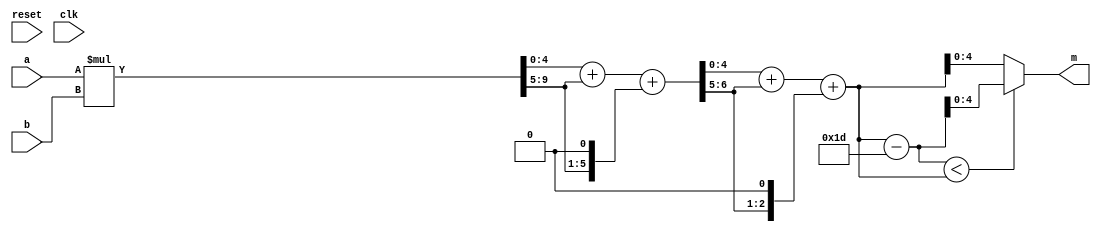
module modmul(input        reset,
              input	   clk,
              input [4:0]  a,
              input [4:0]  b,
              output [4:0] m);
   
   // compute (a*b) mod 29

   wire [9:0]		   result;
   wire [6:0]		   sum0;
   wire [5:0]		   sum1;

   assign result = a * b;
   assign sum0 = result[4:0] + result[9:5] + {result[9:5], 1'b0};
   assign sum1 = sum0[4:0] + sum0[6:5] + {sum0[6:5], 1'b0};
   assign m    = ((sum1 - 5'd29) < sum1) ? (sum1 - 5'd29) : sum1;

endmodule